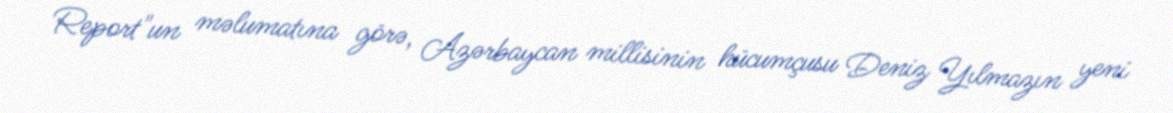
Report"un məlumatına görə, Azərbaycan millisinin hücumçusu Deniz Yılmazın yeni